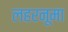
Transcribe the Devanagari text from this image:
लहरनूमा